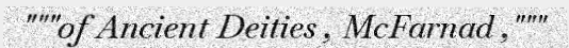
"""of Ancient Deities , McFarnad ,"""